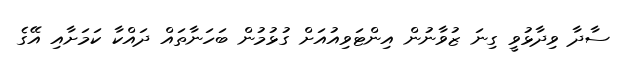
ސާދާ ވިދާޅުވީ ގިނަ ޒުވާނުން އިންޓަވިއުއަށް ގުޅުމުން ބަހަނާތައް ދައްކާ ކަމަށާއި އޭގެ